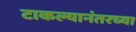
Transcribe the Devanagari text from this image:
टाकल्यानंतरच्या